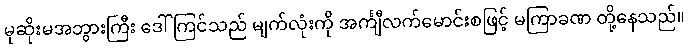
မုဆိုးမအဘွားကြီး ဒေါ်ကြင်သည် မျက်လုံးကို အင်္ကျီလက်မောင်းစဖြင့် မကြာခဏ တို့နေသည်။